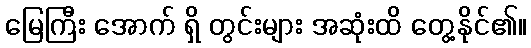
မြေကြီး အောက် ရှိ တွင်းများ အဆုံးထိ တွေ့နိုင်၏။